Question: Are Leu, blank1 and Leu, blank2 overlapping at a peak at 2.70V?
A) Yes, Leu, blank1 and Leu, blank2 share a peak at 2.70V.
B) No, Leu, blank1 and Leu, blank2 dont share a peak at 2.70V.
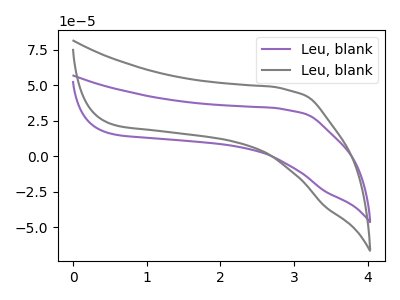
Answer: <think>The purple curve "Leu, blank1" has no peaks. The gray curve "Leu, blank2" has no peaks.</think>
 <answer>B) No, "Leu, blank1" and "Leu, blank2" dont share a peak at 2.70V.</answer>
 <eval>B</eval>